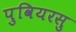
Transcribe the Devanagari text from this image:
पुवियरसु